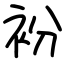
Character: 衯